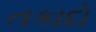
તકાદો